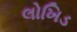
લોખિડ